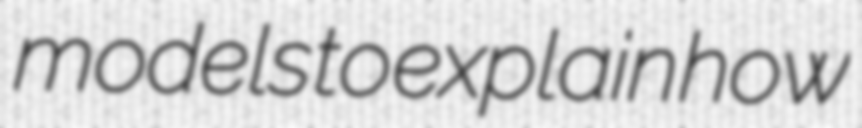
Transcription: models to explain how